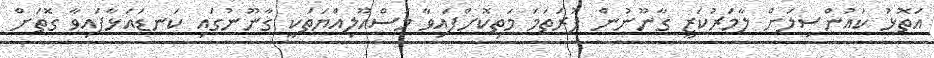
އަތޮޅު ކައުންސިލަށް ލާމަރުކަޒީ ގާނޫނުން ފުރަތަމަ މަތިކޮށްފައިވާ މަސްއޫލިއްޔަތަކީ ގާނޫނުގައި ކަނޑައަޅާފައިވާ ގޮތަށް